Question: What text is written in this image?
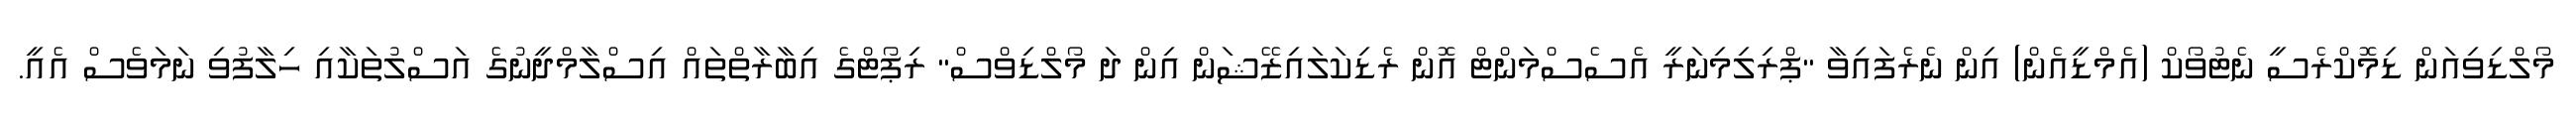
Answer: މޯލްޑިވިއަން ޑިމޮކްރެސީ ނެޓުވޯކް (އެމްޑީއެން) އިން ނެރެފައިވާ "ޕްރިލިމިނަރީ އެސެސްމަންޓް އޮން ރެޑިކަލައިޒޭޝަން އިން ދަ މޯލްޑިވްސް" ރިޕޯޓްގެ އިބާރާތްތައް އިސްލާމްދީނުގެ އަސްލުތަކާއި ހިލާފުވި ނަމަވެސް އެއީ.